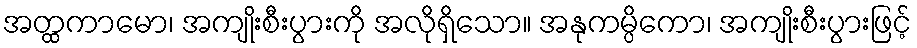
အတ္ထကာမော၊ အကျိုးစီးပွားကို အလိုရှိသော။ အနုကမ္ပိကော၊ အကျိုးစီးပွားဖြင့်